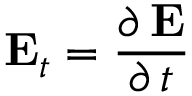
{ \mathbf E } _ { t } = \frac { \partial \, { \mathbf E } } { \partial \, t }